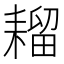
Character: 𫅾